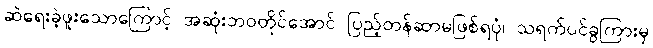
ဆဲရေးခဲ့ဖူးသောကြောင့် အဆုံးဘဝတိုင်အောင် ပြည့်တန်ဆာမဖြစ်ရပုံ၊ သရက်ပင်ခွကြားမှ